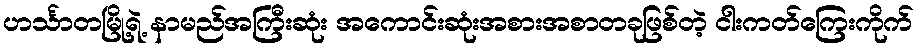
ဟင်္သာတမြို့ရဲ့ နာမည်အကြီးဆုံး အကောင်းဆုံးအစားအစာတခုဖြစ်တဲ့ ငါးကတ်ကြေးကိုက်